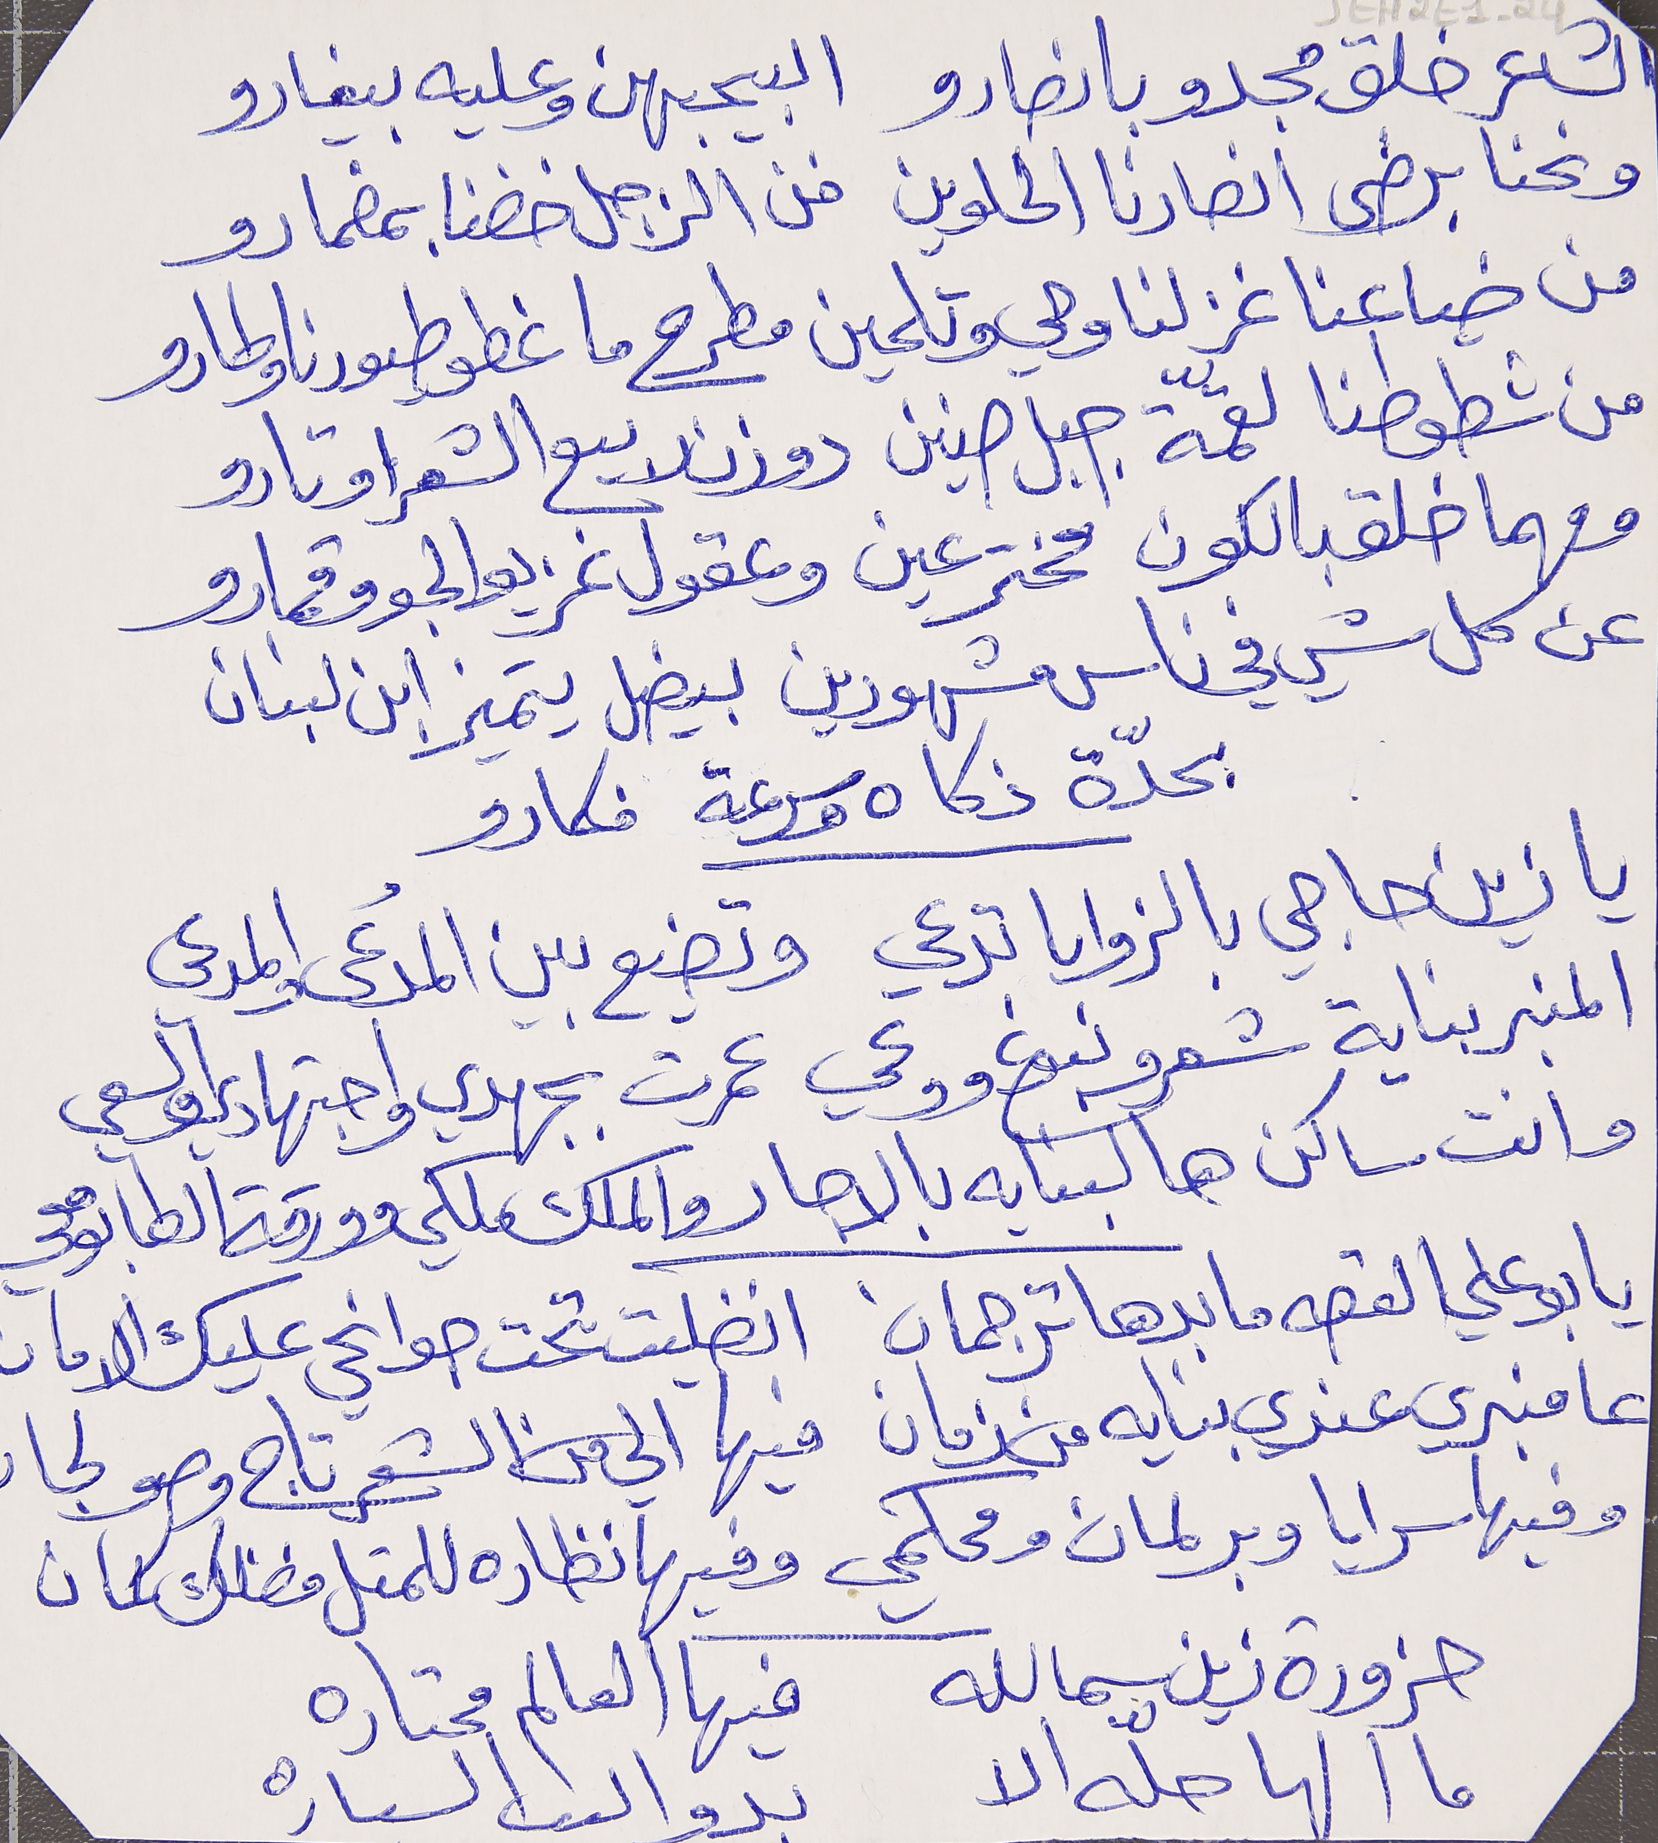
الشاعر خلق مجدو بانصارو   البيحبهن وعليه بيغارو
 ونحنا برضى انصارنا الحلوين  فن الزجل خضنا بمضمارو
من ضياعنا غزلنا وحي وتلحين  مطرح ما غطو طيورنا وطارو
من شطوطنا لقمّة جبل صنين  دوزن ربيع الشعر اوتارو
 ومهما خلق بالكون مخترعين  وعقول غزيو الجو وقمارو
عن كل شي في ناس مشهورين بيضل يتميز ابن لبنان
 بحدّة ذكاه وسرعة فكارو
يا زين حاجي بالزوايا تدعي   وتضيع بين المُدعى والمدعي
المنبر بناية شعر ونبوغ ووعي  عمرت بجهدي واجتهادي والسعي
 وانت ساكن هالبنايه بالاجار والملك ملكي وورقة الطابو معي
يا بو علي القصه ما بدها ترجمان   انضليت تحت جوانحي عليك الامان
عا منبري عندي بنايه من زمان   فيها الي من الشعر تاج وصولجان
وفيها سرايا وبرلمان ومحكمي   وفيها نظاره للمتل فضلك كمان
حزورة زين سمالله      فيها العالم محتاره
ما الها حلّه الا      بدوالىب السىاره
JEH2E1-24